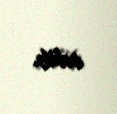
edib.